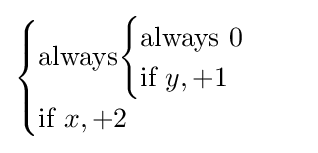
{\begin{cases}{\text{always}}{\begin{cases}{\text{always }}0\\{\text{if }}y,+1\end{cases}}\\{\text{if }}x,+2\end{cases}}